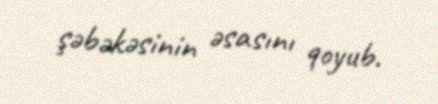
şəbəkəsinin əsasını qoyub.